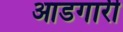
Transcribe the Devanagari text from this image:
आडगारी